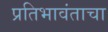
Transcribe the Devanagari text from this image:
प्रतिभावंताचा